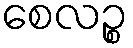
စေလဉ္စ